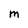
Character: M